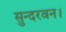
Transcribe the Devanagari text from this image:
सुन्दरवन।